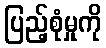
ပြည့်စုံမှုကို